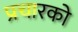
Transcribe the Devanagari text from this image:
प्रचारको